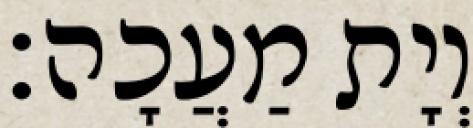
וְיָת מַעֲכָה׃